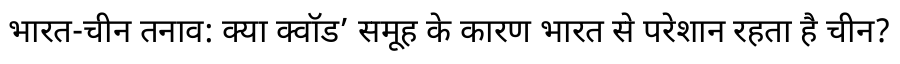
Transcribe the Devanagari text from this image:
भारत-चीन तनाव: क्या क्वॉड’ समूह के कारण भारत से परेशान रहता है चीन?